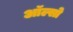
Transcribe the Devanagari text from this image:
ऑल्सो